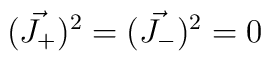
(\vec{J_{+}})^2 = (\vec{J_{-}})^2 = 0